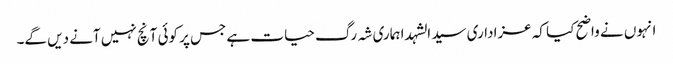
انہوں نے واضح کیا کہ عزاداری سید الشہدا ہماری شہ رگ حیات ہے جس پر کوئی آنچ نہیں آنے دیں گے۔